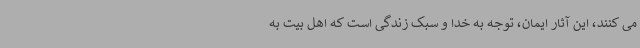
می کنند، این آثار ایمان، توجه به خدا و سبک زندگی است که اهل بیت به